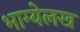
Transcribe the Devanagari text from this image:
भाग्येलख